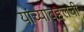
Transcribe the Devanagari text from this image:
यांच्याबद्दलची